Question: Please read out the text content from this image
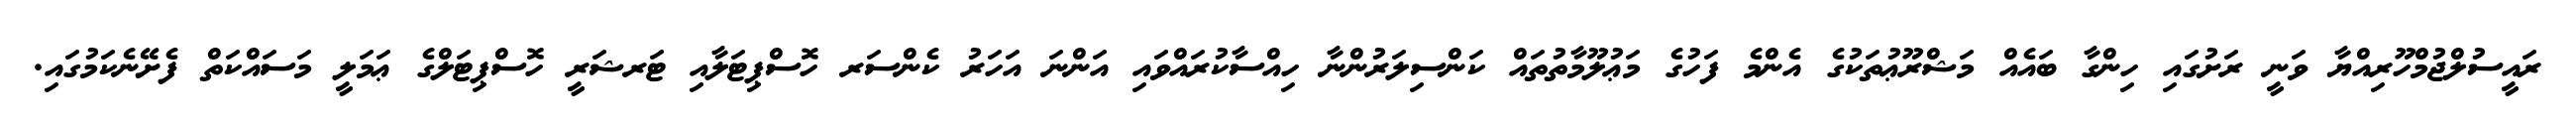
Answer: ރައީސުލްޖުމްހޫރިއްޔާ ވަނީ ރަށުގައި ހިންގާ ބައެއް މަޝްރޫޢުތަކުގެ އެންމެ ފަހުގެ މަޢުލޫމާތުތައް ކަންސިލަރުންނާ ހިއްސާކުރައްވައި އަންނަ އަހަރު ކެންސަރ ހޮސްޕިޓަލާއި ޓަރޝަރީ ހޮސްޕިޓަލްގެ ޢަމަލީ މަސައްކަތް ފެށޭނެކަމުގައި.